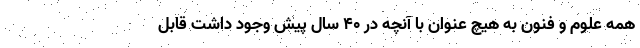
همه علوم و فنون به هیچ عنوان با آنچه در ۴۰ سال پیش وجود داشت قابل